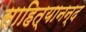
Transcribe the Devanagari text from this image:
साहित्यानन्द